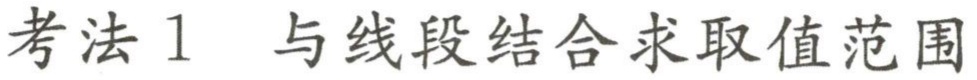
考法 1 与线段结合求取值范围